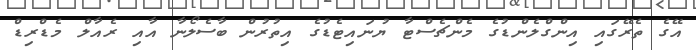
އޭގެ ތެރޭގައި އިންގްލެންޑުގެ މެންޗެސްޓާ ޔުނައިޓެޑުގެ އިތުރުން ބާސެލޯނާ އާއި ރެއާލް މެޑްރިޑް